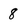
Character: 8